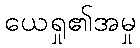
ယေရှု၏အမှု